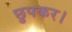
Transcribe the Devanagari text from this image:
छुपकर।